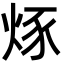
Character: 烼